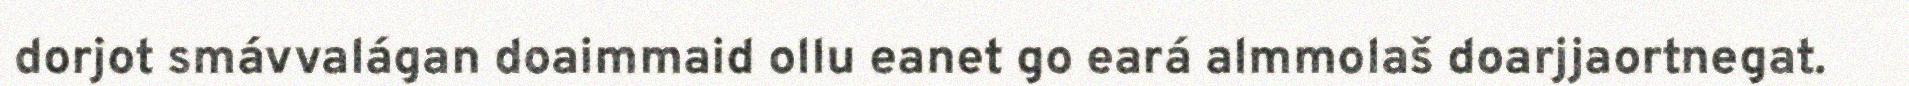
dorjot smávvalágan doaimmaid ollu eanet go eará almmolaš doarjjaortnegat.